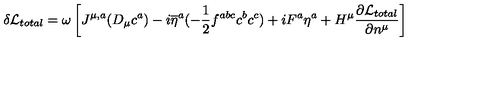
\delta { \cal L } _ { t o t a l } = \omega \left[ J ^ { \mu , a } ( D _ { \mu } c ^ { a } ) - i \overline { { \eta } } ^ { a } ( - { \frac { 1 } { 2 } } f ^ { a b c } c ^ { b } c ^ { c } ) + i F ^ { a } \eta ^ { a } + H ^ { \mu } { \frac { \partial { \cal L } _ { t o t a l } } { \partial n ^ { \mu } } } \right]